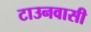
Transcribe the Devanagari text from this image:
टाउनवासी